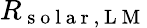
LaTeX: R_{\mathrm{~s~o~l~a~r~,~L~M~}}